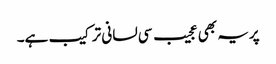
پریہ بھی عجیب سی لسانی ترکیب ہے۔